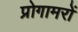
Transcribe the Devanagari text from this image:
प्रोगामरों